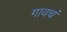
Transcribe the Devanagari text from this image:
गावचं